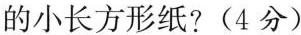
的小长方形纸?(4分)